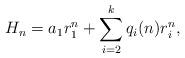
LaTeX: \begin{align*}H_n = a_1 r_1^n + \sum_{i=2}^k q_i(n)r_i^n, \end{align*}